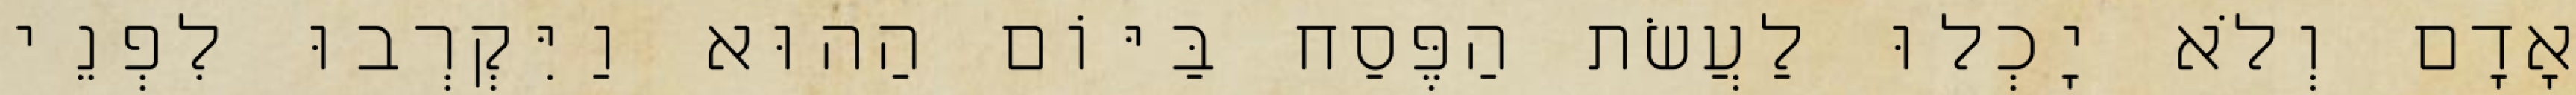
אָדָם וְלֹא יָכְלוּ לַעֲשׂת הַפֶּסַח בַּיּוֹם הַהוּא וַיִּקְרְבוּ לִפְנֵי